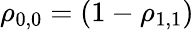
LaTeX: \rho_{0,0}=(1-\rho_{1,1})